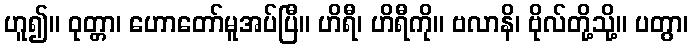
ဟူ၍။ ဝုတ္တာ၊ ဟောတော်မူအပ်ပြီ။ ဟိရီ၊ ဟိရီကို။ ဗလာနိ၊ ဗိုလ်တို့သို့။ ပတွာ၊